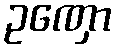
ဥဏှော